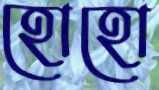
হোহো